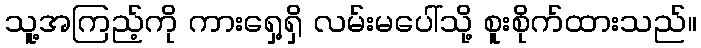
သူ့အကြည့်ကို ကားရှေ့ရှိ လမ်းမပေါ်သို့ စူးစိုက်ထားသည်။